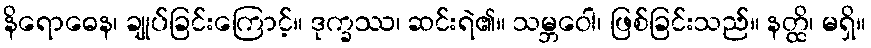
နိရောဓေန၊ ချုပ်ခြင်းကြောင့်။ ဒုက္ခဿ၊ ဆင်းရဲ၏။ သမ္ဘဝေါ၊ ဖြစ်ခြင်းသည်။ နတ္ထိ၊ မရှိ။